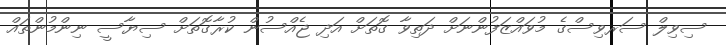
ސިވިލް ސަރވިސްގެ މުވައްޒަފުންނަށް ދަތިވާ ގޮތަށް އަދި ޖެއްސުން ކުރާގޮތަށް ސިޔާސީ ނިންމުންތައް